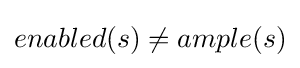
enabled(s)\neq ample(s)